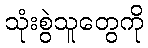
သုံးစွဲသူတွေကို